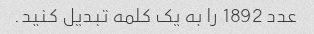
عدد 1892 را به یک کلمه تبدیل کنید.